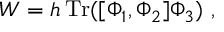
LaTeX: W = h \, \mathrm { T r } ( [ \Phi _ { 1 } , \Phi _ { 2 } ] \Phi _ { 3 } ) \ ,